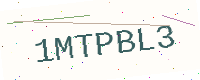
Text: 1MTPBL3